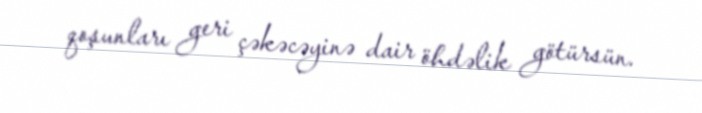
qoşunları geri çəkəcəyinə dair öhdəlik götürsün.